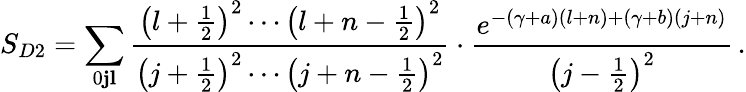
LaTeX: S_{D2}=\sum_{0\le j\le l}\frac{\left(l+\frac{1}{2}\right)^{2}\cdots\left(l+n-\frac{1}{2}\right)^{2}}{\left(j+\frac{1}{2}\right)^{2}\cdots\left(j+n-\frac{1}{2}\right)^{2}}\cdot\frac{e^{-(\gamma+a)(l+n)+(\gamma+b)(j+n)}}{\left(j-\frac{1}{2}\right)^{2}}\, .